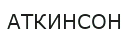
АТКИНСОН